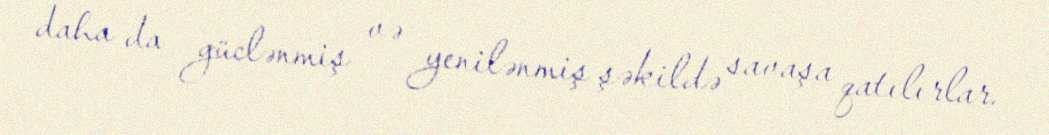
daha da güclənmiş və yenilənmiş şəkildə savaşa qatılırlar.